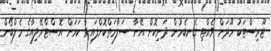
ޓޫރިސްޓަކު މޫދަށް ވެއްޓި ގެނބެމުން ދަނިކޮށް އޭނާ ސަލާމަތްކޮށްފައިވާ ކަމަށް އޮސްޓްރޭލިއާގެ މެލްބޯން